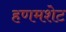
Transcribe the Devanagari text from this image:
हणमशेट